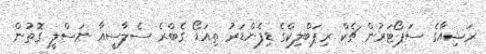
ރަޝިއާގެ ސަޕޯޓަރުން ޗެކް ރިޕަބްލިކްގެ ޑިފެންޑަރު ތިއަޑޯ ގެބްރެ ސެލާސީއާ ނަސްލީ ގޮތުން